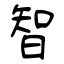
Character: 智